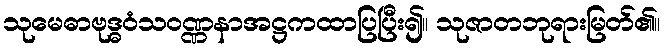
သုမေဓာဗုဒ္ဓဝံသဝဏ္ဏနာအဋ္ဌကထာပြပြီး၍။ သုဇာတဘုရားမြတ်၏။